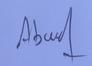
Signature authenticity: genuine